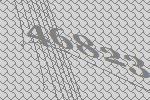
46823